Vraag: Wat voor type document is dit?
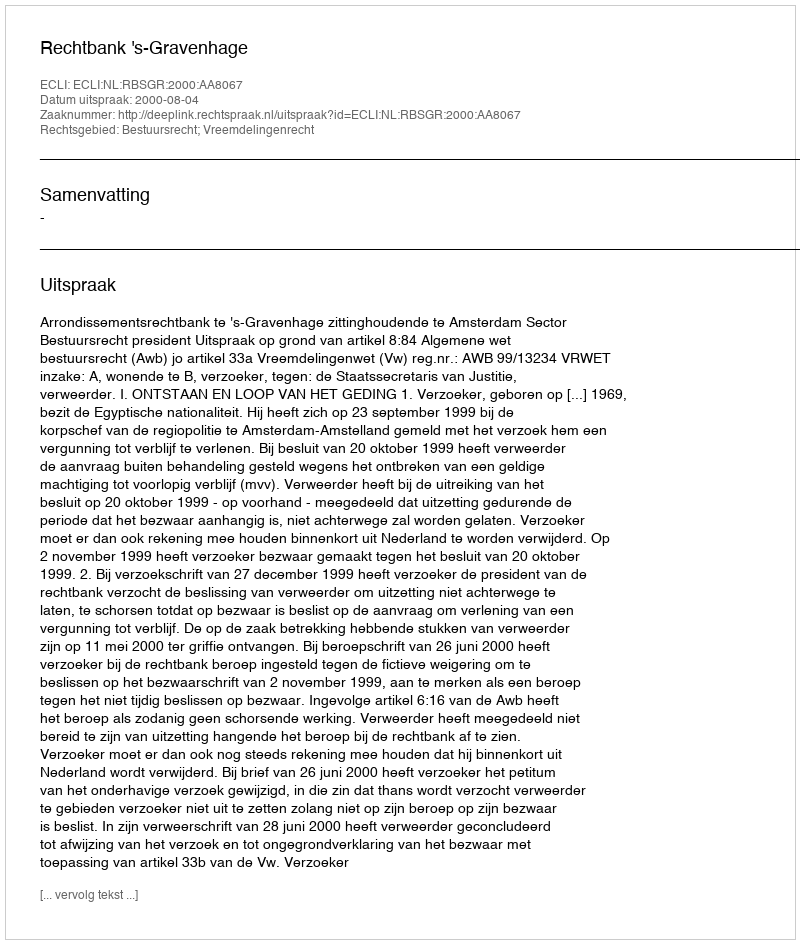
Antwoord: Uitspraak